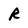
Character: R